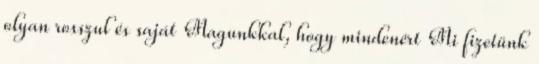
olyan rosszul és saját Magunkkal, hogy mindenért Mi fizetünk